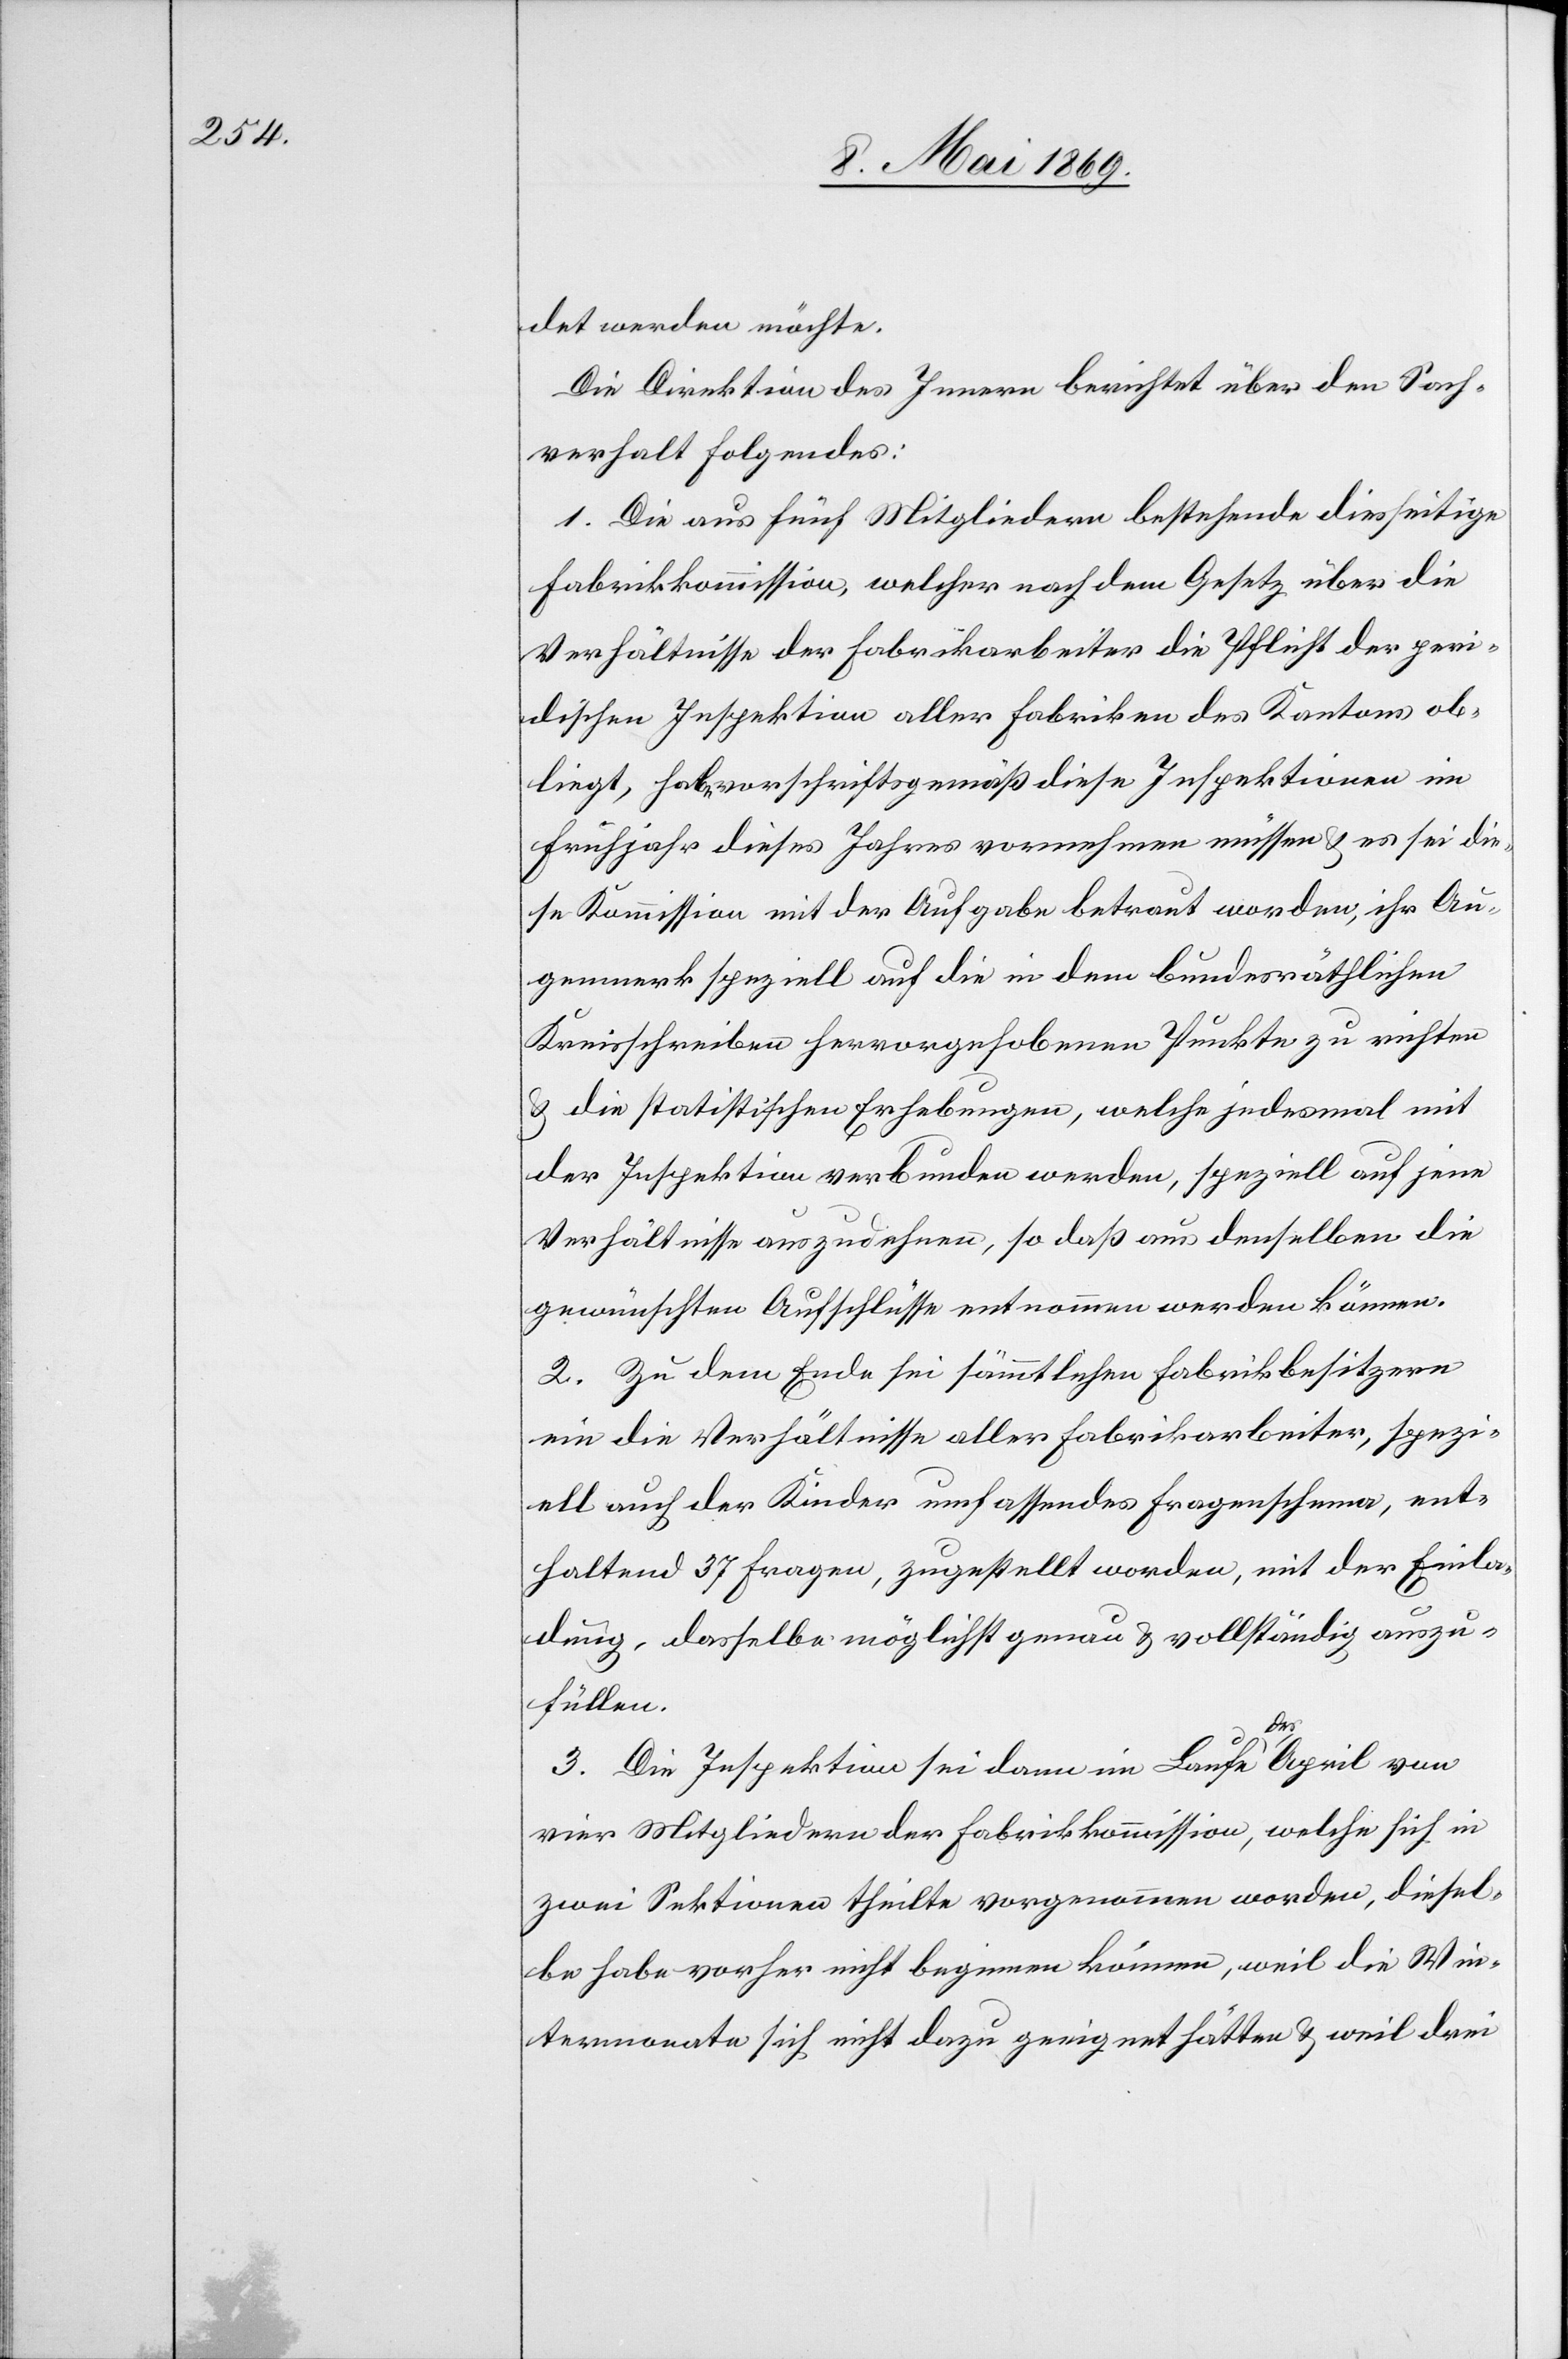
det werden möchte.
Die Direktion des Innern berichtet über den Sach¬
verhalt Folgendes:
1. Die aus fünf Mitgliedern bestehende diesseitige
Fabrikkommission, welcher nach dem Gesetz über die
Verhältnisse der Fabrikarbeiter die Pflicht der peri¬
dischen [sic!] Inspektion aller Fabriken des Kantons ob¬
liegt, habe vorschriftsgemäß diese Inspektionen im
Frühjahr dieses Jahres vornehmen müssen u. es sei die¬
se Kommission mit der Aufgabe betraut worden, ihr Au¬
genmerk speziell auf die in dem bundesräthlichen
Kreisschreiben hervorgehobenen Punkte zu richten
u. die statistischen Erhebungen, welche jedesmal mit
der Inspektion verbunden werden, speziell auf jene
Verhältnisse auszudehnen, so daß aus denselben die
gewünschten Aufschlüsse entnommen werden können.
2. Zu dem Ende sei sämmtlichen Fabrikbesitzern
ein die Verhältnisse aller Fabrikarbeiter, spezi¬
ell auch der Kinder umfassendes Fragenschema, ent¬
haltend 37 Fragen, zugestellt worden, mit der Einla¬
dung, dasselbe möglichst genau u. vollständig auszu¬
füllen.
3. Die Inspektion sei dann im Laufe des April von
vier Mitgliedern der Fabrikkommission, welche sich in
zwei Sektionen theilte vorgenommen worden, diesel¬
be habe vorher nicht beginnen können, weil die Win¬
termonate sich nicht dazu geeignet hätten u. weil drei